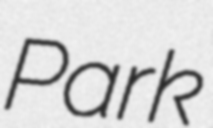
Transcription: Park